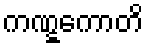
ကဏ္ဋကောတိ